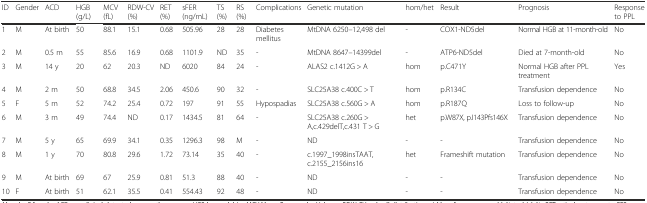
<table><thead><tr><td><b>ID</b></td><td><b>Gender</b></td><td><b>ACD</b></td><td><b>HGB (g/L)</b></td><td><b>MCV (fL)</b></td><td><b>RDW-CV (%)</b></td><td><b>RET (%)</b></td><td><b>sFER (ng/mL)</b></td><td><b>TS (%)</b></td><td><b>RS (%)</b></td><td><b>Complications</b></td><td><b>Genetic mutation</b></td><td><b>hom/het</b></td><td><b>Result</b></td><td><b>Prognosis</b></td><td><b>Response to PPL</b></td></tr></thead><tbody><tr><td>1</td><td>M</td><td>At birth</td><td>50</td><td>88.1</td><td>15.1</td><td>0.68</td><td>505.96</td><td>28</td><td>28</td><td>Diabetes mellitus</td><td>MtDNA 6250–12,498 del</td><td>-</td><td>COX1-ND5del</td><td>Normal HGB at 11-month-old</td><td>No</td></tr><tr><td>2</td><td>M</td><td>0.5 m</td><td>55</td><td>85.6</td><td>16.9</td><td>0.68</td><td>1101.9</td><td>ND</td><td>35</td><td>-</td><td>MtDNA 8647–14399del</td><td>-</td><td>ATP6-ND5del</td><td>Died at 7-month-old</td><td>No</td></tr><tr><td>3</td><td>M</td><td>14 y</td><td>20</td><td>62</td><td>20.3</td><td>ND</td><td>6020</td><td>84</td><td>24</td><td>-</td><td>ALAS2 c.1412G &gt; A</td><td>hom</td><td>p.C471Y</td><td>Normal HGB after PPL treatment</td><td>Yes</td></tr><tr><td>4</td><td>M</td><td>2 m</td><td>50</td><td>68.8</td><td>34.5</td><td>2.06</td><td>450.6</td><td>90</td><td>32</td><td>-</td><td>SLC25A38 c.400C &gt; T</td><td>hom</td><td>p.R134C</td><td>Transfusion dependence</td><td>No</td></tr><tr><td>5</td><td>F</td><td>5 m</td><td>52</td><td>74.2</td><td>25.4</td><td>0.72</td><td>197</td><td>91</td><td>55</td><td>Hypospadias</td><td>SLC25A38 c.560G &gt; A</td><td>hom</td><td>p.R187Q</td><td>Loss to follow-up</td><td>No</td></tr><tr><td>6</td><td>M</td><td>3 m</td><td>49</td><td>74.4</td><td>ND</td><td>0.17</td><td>1434.5</td><td>81</td><td>64</td><td>-</td><td>SLC25A38 c.260G &gt; A,c.429delT,c.431 T &gt; G</td><td>het</td><td>p.W87X, p.I143Pfs146X</td><td>Transfusion dependence</td><td>No</td></tr><tr><td>7</td><td>M</td><td>5 y</td><td>65</td><td>69.9</td><td>34.1</td><td>0.35</td><td>1296.3</td><td>98</td><td>M</td><td>-</td><td>ND</td><td>-</td><td>-</td><td>Transfusion dependence</td><td>No</td></tr><tr><td>8</td><td>M</td><td>1 y</td><td>70</td><td>80.8</td><td>29.6</td><td>1.72</td><td>73.14</td><td>35</td><td>40</td><td>-</td><td>c.1997_1998insTAAT, c.2155_2156ins16</td><td>het</td><td>Frameshift mutation</td><td>Transfusion dependence</td><td>No</td></tr><tr><td>9</td><td>M</td><td>At birth</td><td>69</td><td>67</td><td>25.9</td><td>0.81</td><td>51.3</td><td>88</td><td>40</td><td>-</td><td>ND</td><td>-</td><td>-</td><td>Transfusion dependence</td><td>No</td></tr><tr><td>10</td><td>F</td><td>At birth</td><td>51</td><td>62.1</td><td>35.5</td><td>0.41</td><td>554.43</td><td>92</td><td>48</td><td>-</td><td>ND</td><td>-</td><td>-</td><td>Transfusion dependence</td><td>No</td></tr></tbody></table>